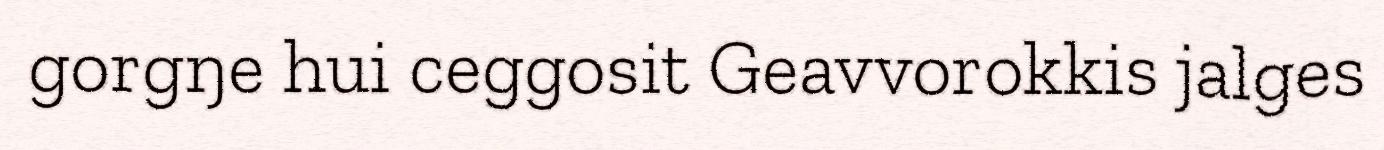
gorgŋe hui ceggosit Geavvorokkis jalges